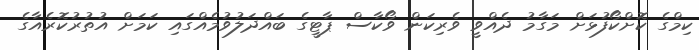
ކިމްގެ ކޮށްކޯފުޅަށް މަގާމު ދެއްވީ ވެރިކަން ވޯކާސް ޕާޓީގެ ބައްދަލުވުމެއްގައި ކަމަށް އުތުރުކޮރެއާގެ